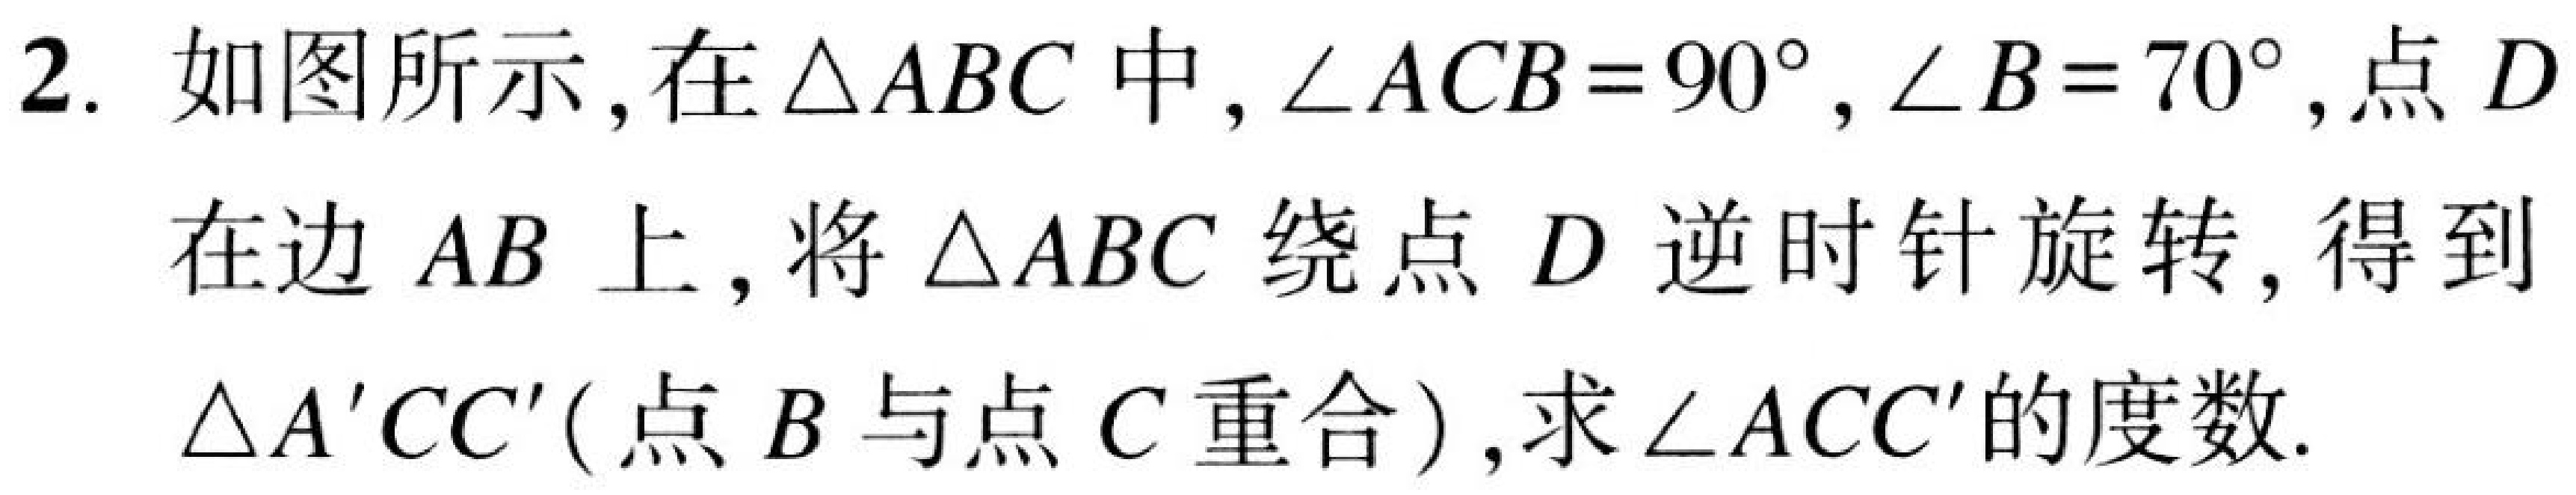
2. 如图所示，在\(\triangle ABC\)中，\(\angle ACB = 90^{\circ}\)，\(\angle B = 70^{\circ}\)，点\(D\)
在边\(AB\)上，将\(\triangle ABC\)绕点\(D\)逆时针旋转，得到
\(\triangle A'CC'( \)点\(B\)与点\(C\)重合\()\)，求\(\angle ACC'\)的度数.